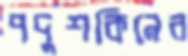
পদুশকিনের